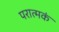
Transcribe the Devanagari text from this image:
परात्मकं